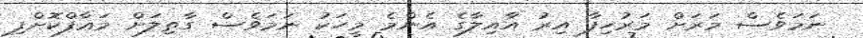
ނަމަވެސް މަރަށް މަރުހިފާ އިރު އާއިލާގެ އެންމެ މީހަކު ނަމަވެސް ގާތިލަށް މަޢާފްކޮށްފި